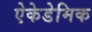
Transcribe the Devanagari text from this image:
ऐकेडेमिक